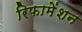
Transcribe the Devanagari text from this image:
रिफामेंशन